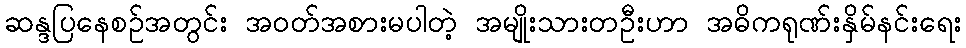
ဆန္ဒပြနေစဉ်အတွင်း အဝတ်အစားမပါတဲ့ အမျိုးသားတဦးဟာ အဓိကရုဏ်းနှိမ်နင်းရေး